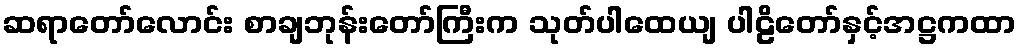
ဆရာတော်လောင်း စာချဘုန်းတော်ကြီးက သုတ်ပါထေယျ ပါဠိတော်နှင့်အဋ္ဌကထာ